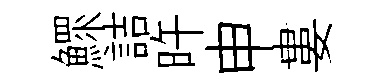
鰥詰旿申婁